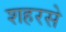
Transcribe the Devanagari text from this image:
शहरसे